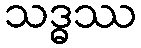
သဒ္ဓဿ